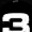
Digit: 3